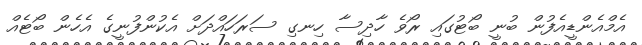
އެމްއެންޑީއެފުން ބުނީ ބޯޓުގައި ރޯވެ ހާދިސާ ހިނގި ސަރަހައްދަށް އެކުންފުނީގެ އެހެން ބޯޓެއް